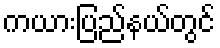
ကယားပြည်နယ်တွင်